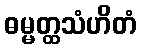
ဓမ္မတ္ထသံဟိတံ